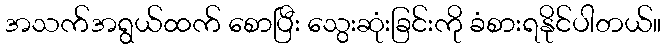
အသက်အရွယ်ထက် စောပြီး သွေးဆုံးခြင်းကို ခံစားရနိုင်ပါတယ်။